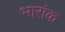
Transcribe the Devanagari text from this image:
भारांक